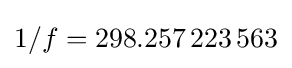
1/f=298.257\,223\,563